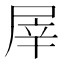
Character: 屖